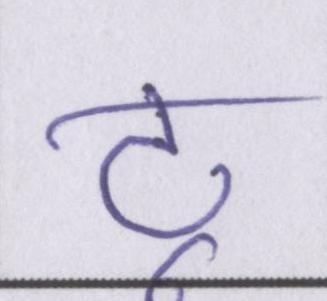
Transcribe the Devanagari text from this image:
टू